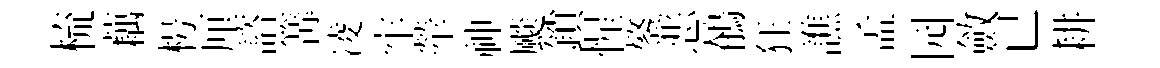
梳藕枵厘諮篝凌牢犖神颷鎖惺鏊恶鶺狂譙孟园斂已耕